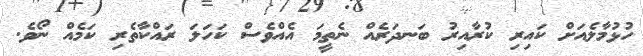
ހުޅުމާލެއަށް ކައިރި ކުރާއިރު ބަނދަރެއް ނެތީމަ އެއްވެސް ކަހަލަ ރައްކާތެރި ކަމެއް ނޯވެ.